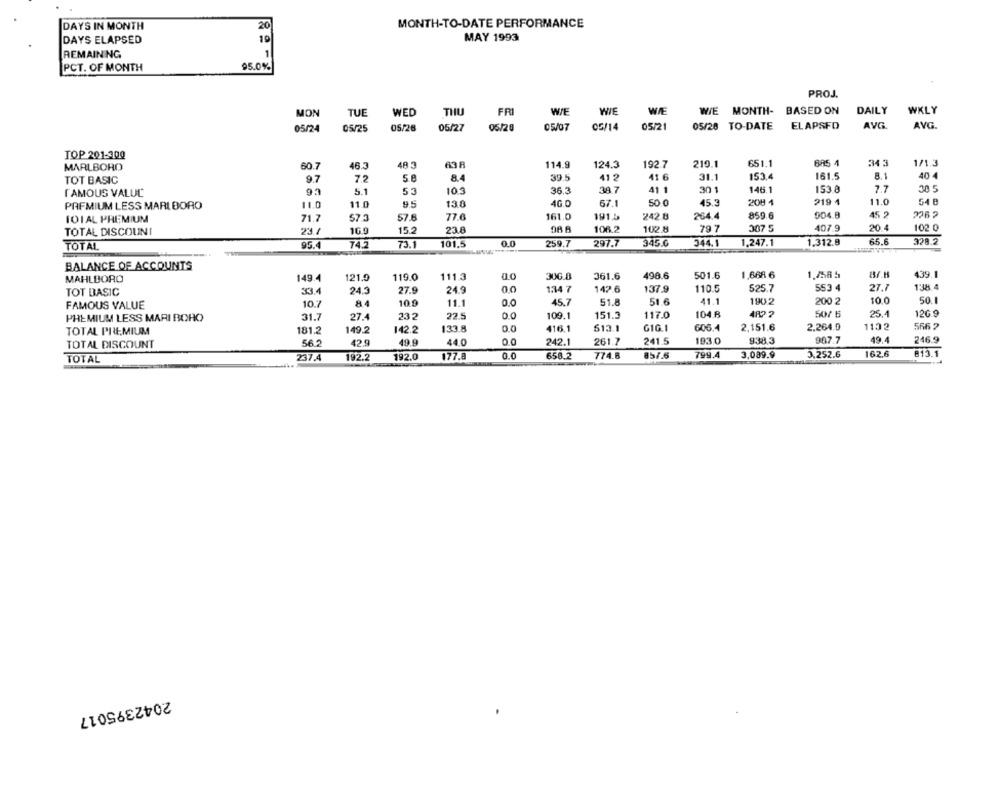
MONTH-TO-DATE PERFORMANCE
DAYS IN MONTH
20
DAYS ELAPSED
19
MAY 1993
REMAINING
1
PCT. OF MONTH
95.0%
PROJ.
MON
TUE
WED
THU
FR
WIE
WÆ
WE MONTH- BASED ON
DAILY
WKLY
05/24
05/25
05/26
05/27
05/20
05/07
05/14
05/21
05/28 TO-DATE ELAPSFD
AVG.
AVG
TOP 201-300
MARLBORO
60.7
46.3
48 3
114.9
124.3
192.7
219.1
651.1
-
343
1/1.3
161.5
8.1
40 4
TOT BASIC
9.7
5.8
39.5
41 2
41 6
31.1
153,4
93
5.1
53
103
36.3
38.7
41 1
30 1
145.1
153 8
7.7
30 5
FAMOUS VALUC
PREMIUM LESS MARLBORO
11.0
11.0
9.5
138
40.0
67.1
50 0
45.3
20H 4
219 1
11.0
242.8
859.6
904.8
45 2
2262
TOIAL PREMIUM
71.7
57.3
57.6
77.6
161.0
1915
264.4
23.7
15.2
23.8
106.2
102.8
79 7
307 5
407.9
20.4
102 0
TOTAL DISCOUNI
TOTAL
95.4
74.2
73.1
101.5
0.0
259.7
297.7
345.0
344.1
1.247.1
1.312.8
65.6
328.2
BALANCE OF ACCOUNTS
149.4
121.9
119.0
111.3
0.o
306.0
361.6
498.6
501.6
1,668 6
1.4565
439.1
MAHLDORO
138.4
TOT BASIC
33.4
24.3
27.9
24.9
0.0
1.34 7
142.6
137.9
110.5
525.7
553 4
27.7
0.0
51.8
41.1
1902
200 2
10.0
50.1
FAMOUS VALUE
10.7
84
10.9
11.1
45.7
51.6
PREMIUM LESS MARI BOHO
31.7
27.4
232
22.5
0.0
109.1
151.3
117.0
104 R
50/ 6
25.4
126.9
TOTAL PREMIUM
181.2
149.2
142.2
133.8
0.0
416.1
613.1
G1G.1
606.4
2,151.6
2.264.0
1102
566 2
242.1
193.0
938.3
907.7
49.4
246.9
TOTAL DISCOUNT
56.2
42.9
49.9
44,0
0.0
261.7
241.5
192.2
192.0
177.8
0.0
658.2
774.8
157.6
799.4
3,089.9
3.252.6
162.6
813.1
TOTAL
237.4
2042395017